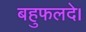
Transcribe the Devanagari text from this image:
बहुफलदे।